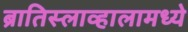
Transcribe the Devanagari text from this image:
ब्रातिस्लाव्हालामध्ये